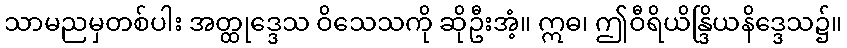
သာမညမှတစ်ပါး အတ္ထုဒ္ဒေသ ဝိသေသကို ဆိုဦးအံ့။ ဣဓ၊ ဤဝီရိယိန္ဒြိယနိဒ္ဒေသ၌။